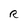
Character: R